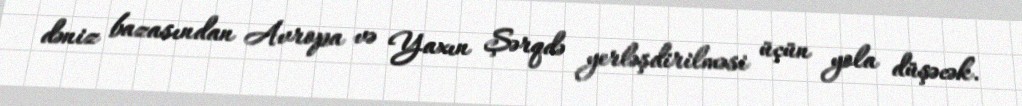
dəniz bazasından Avropa və Yaxın Şərqdə yerləşdirilməsi üçün yola düşəcək.